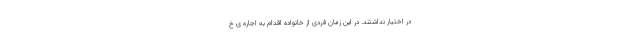
در اختیار نداشتند. در این زمان فردی از خانواده اقدام به اجاره ی خ